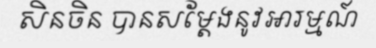
សិនចិន បានសម្តែងនូវអារម្មណ៍